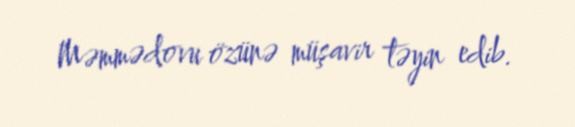
Məmmədovu özünə müşavir təyin edib.